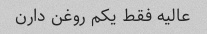
عالیه فقط یکم روغن دارن